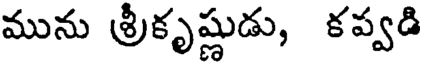
మును శ్రీకృష్ణుడు, కప్వడి